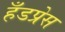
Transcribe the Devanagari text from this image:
हँडप्रेस